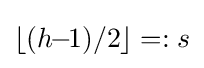
\lfloor (h\!\!-\!\!1)/2\rfloor =:s